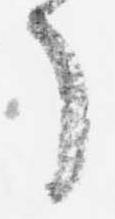
了